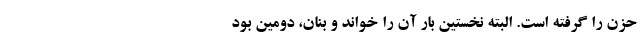
حُزن را گرفته است. البته نخستین بار آن را خواند و بنان، دومین بود